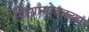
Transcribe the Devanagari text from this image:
स्त्रियांसोबतच्या